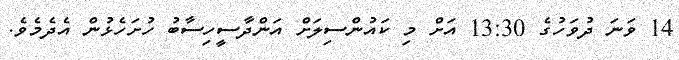
14 ވަނަ ދުވަހުގެ 13:30 އަށް މި ކައުންސިލަށް އަންދާސީހިސާބު ހުށަހެޅުން އެދެމެވެ.